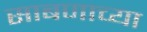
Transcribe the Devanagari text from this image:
साबणाच्या